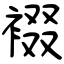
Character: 裰